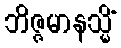
ဘိဇ္ဇမာနသ္မိံ